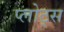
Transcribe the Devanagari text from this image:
प्लोट्स